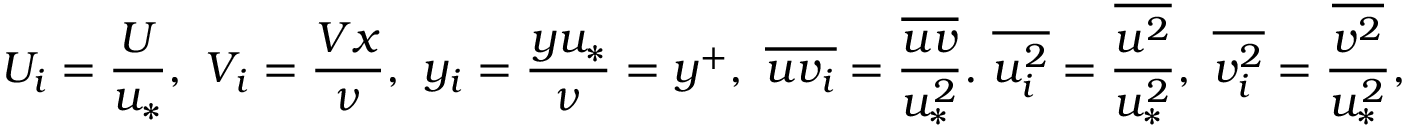
U _ { i } = \frac { U } { u _ { * } } , \ V _ { i } = \frac { V x } { \nu } , \ y _ { i } = \frac { y u _ { * } } { \nu } = y ^ { + } , \ \overline { { u v _ { i } } } = \frac { \overline { { u v } } } { u _ { * } ^ { 2 } } . \ \overline { { u _ { i } ^ { 2 } } } = \frac { \overline { { u ^ { 2 } } } } { u _ { * } ^ { 2 } } , \ \overline { { v _ { i } ^ { 2 } } } = \frac { \overline { { v ^ { 2 } } } } { u _ { * } ^ { 2 } } ,